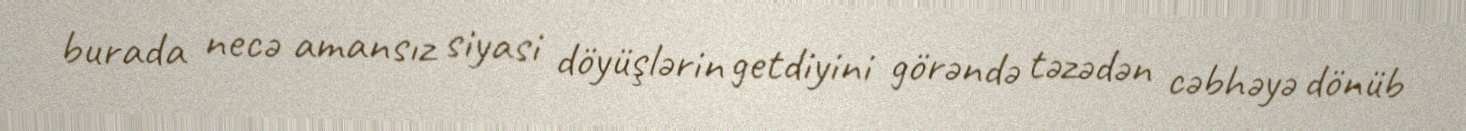
burada necə amansız siyasi döyüşlərin getdiyini görəndə təzədən cəbhəyə dönüb